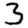
Digit: 3